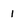
Character: 1